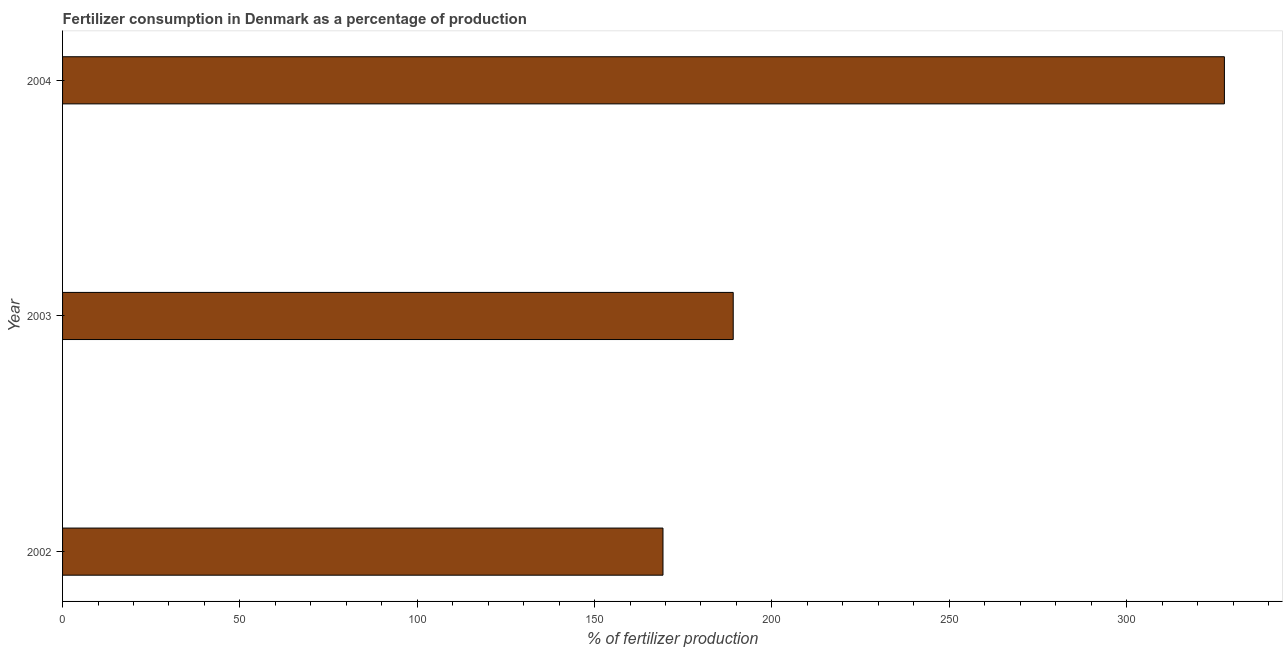
| Year | Fertilizer consumption |
 | --- | --- |
 | 2002 | 169 |
 | 2003 | 189 |
 | 2004 | 328 |